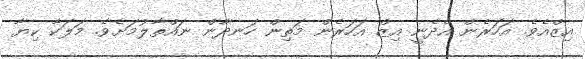
އިޒްއެވެ. އަހަރެން އެދެނީ އިޒް އަހަރެން މަތިން ހަނދާން ނައްތާލުމަށެވެ. މަލަކާ ކިޔާ